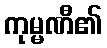
ကုမ္မဏီ၏